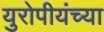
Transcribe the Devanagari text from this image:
युरोपीयंच्या